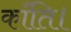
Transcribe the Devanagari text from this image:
कॉंति।